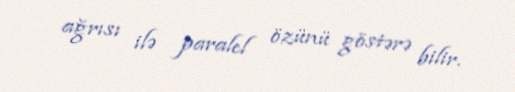
ağrısı ilə paralel özünü göstərə bilir.